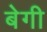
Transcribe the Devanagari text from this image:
बेगी